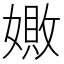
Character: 𪦚